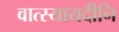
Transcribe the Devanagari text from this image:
वात्स्यायदीनि